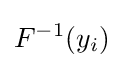
F^{-1}(y_{i})